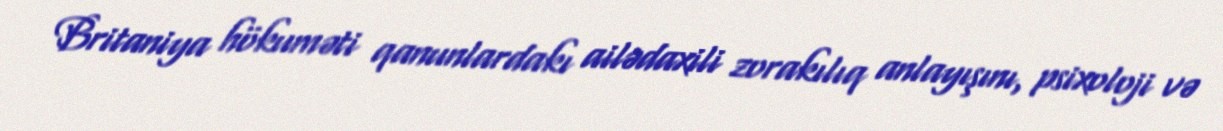
Britaniya hökuməti qanunlardakı ailədaxili zorakılıq anlayışını, psixoloji və